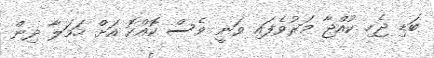
ބަޑި ޖެހި ކުއްޖާ މަރުވެފައިި ވަނީ ވެސް ކޮއްކޮ އަށް ހަމަލާ ދިން